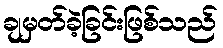
ချမှတ်ခဲ့ခြင်းဖြစ်သည်